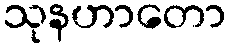
သုနဟာတော